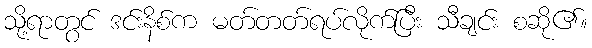
သို့ရာတွင် ဒင်းနိစ်က မတ်တတ်ရပ်လိုက်ပြီး သီချင်း စဆို၏။